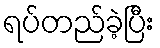
ရပ်တည်ခဲ့ပြီး